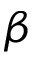
\beta